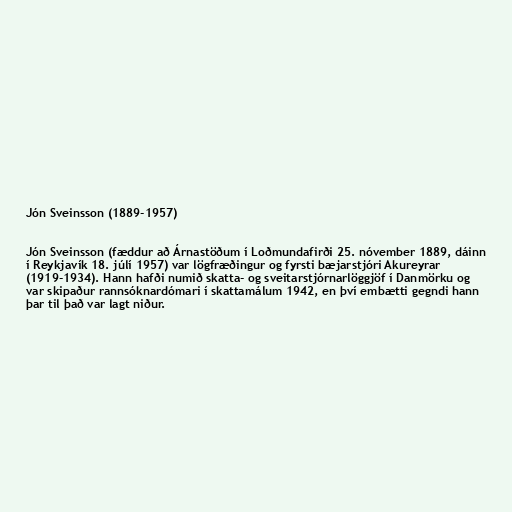
Jón Sveinsson (1889-1957)

Jón Sveinsson (fæddur að Árnastöðum í Loðmundafirði 25. nóvember 1889, dáinn
í Reykjavík 18. júlí 1957) var lögfræðingur og fyrsti bæjarstjóri Akureyrar
(1919-1934). Hann hafði numið skatta- og sveitarstjórnarlöggjöf í Danmörku og
var skipaður rannsóknardómari í skattamálum 1942, en því embætti gegndi hann
þar til það var lagt niður.